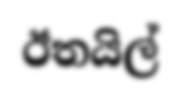
ඊතයිල්